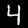
Label: 4